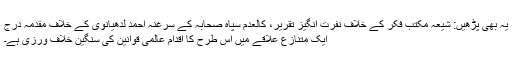
یہ بھی پڑھیں: شیعہ مکتب فکر کے خلاف نفرت انگیز تقریر، کالعدم سپاہ صحابہ کے سرغنہ احمد لدھیانوی کے خلاف مقدمہ درج
ایک متنازع علاقے میں اس طرح کا اقدام عالمی قوانین کی سنگین خلاف ورزی ہے۔